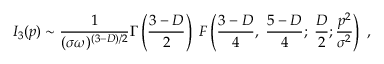
I _ { 3 } ( p ) \sim \frac { 1 } { ( \sigma \omega ) ^ { ( 3 - D ) / 2 } } \Gamma \left( \frac { 3 - D } { 2 } \right) \; F \left( \frac { 3 - D } { 4 } , \; \frac { 5 - D } { 4 } ; \; \frac { D } { 2 } ; \frac { p ^ { 2 } } { \sigma ^ { 2 } } \right) \; ,